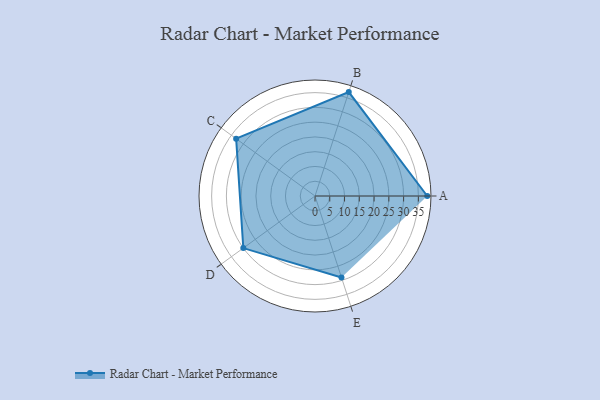
{"axis": {"x": "Skill", "y": "Score"}, "legend": ["Profile"], "data": [{"x": "A", "y": 38.0, "type": "Profile"}, {"x": "B", "y": 37.0, "type": "Profile"}, {"x": "C", "y": 33.0, "type": "Profile"}, {"x": "D", "y": 30.0, "type": "Profile"}, {"x": "E", "y": 29.0, "type": "Profile"}]}